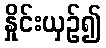
နှိုင်းယှဉ်၍